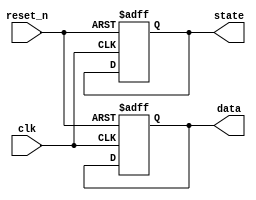
module initialization_example (
    input wire clk,         // Clock signal
    input wire reset_n,     // Active-low reset signal
    output reg [7:0] data,  // 8-bit data register
    output reg state        // State register
);

// Initialization Block
always @(posedge clk or negedge reset_n) begin
    if (!reset_n) begin
        // Reset condition: Initialize registers to known values
        data <= 8'b00000000;   // Initialize data register to 0
        state <= 1'b0;         // Initialize state to 0
    end else begin
        // Main operation logic can go here
        // For example, you could implement state transitions or data updates
    end
end

endmodule